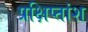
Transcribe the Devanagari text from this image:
प्रक्षिप्तांश